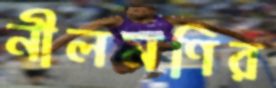
নীলমণির